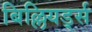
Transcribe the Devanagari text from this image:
बिल्लियर्ड्स